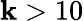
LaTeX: \mathbf{k}>10